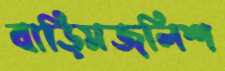
বাড়িমজলিশ